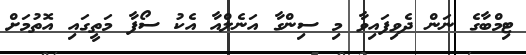
ޓިމްބާގެ ނަން ދެވިފައިވާ މި ސިންގާ އަނެލްއާ އެކު ސޯފާ މަތީގައި އޮތުމަށް